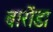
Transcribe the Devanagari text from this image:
बारोंडा